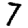
Digit: 7